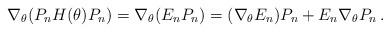
LaTeX: \begin{align*}\nabla_{\theta}(P_nH(\theta)P_n)=\nabla_{\theta}(E_nP_n)=(\nabla_{\theta}E_n)P_n + E_n\nabla_{\theta}P_n\,.\end{align*}